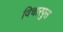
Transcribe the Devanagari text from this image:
विचारपुस